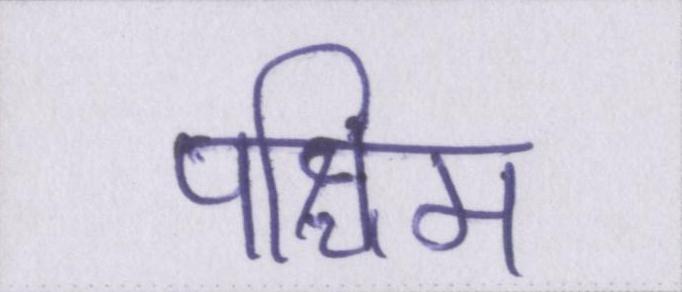
पश्चिम